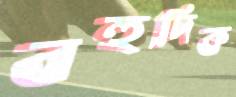
বহুদিক